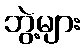
ဘွဲ့များ